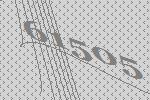
61505